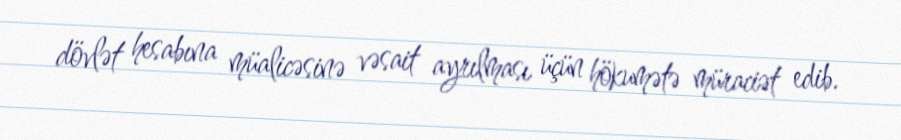
dövlət hesabına müalicəsinə vəsait ayrılması üçün hökumətə müraciət edib.